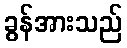
ခွန်အားသည်